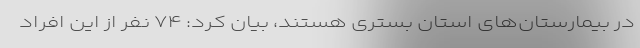
در بیمارستان‌های استان بستری هستند، بیان کرد: ۷۴ نفر از این افراد